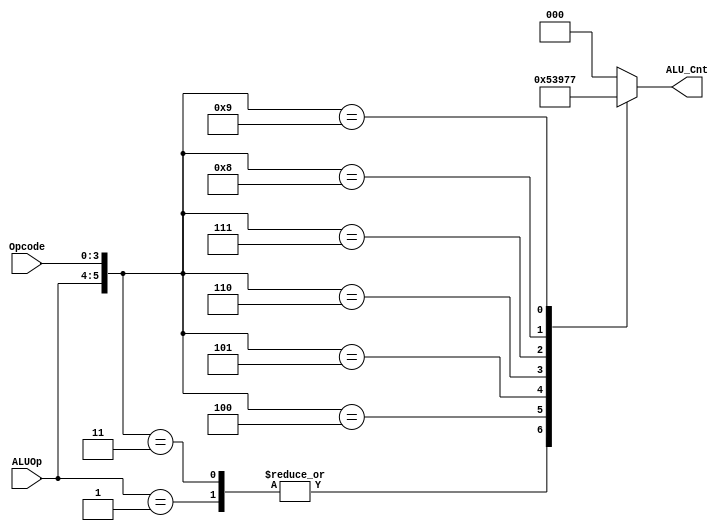
`timescale 1ns / 1ps

module ALU_Control( 
        input [1 : 0] ALUOp, 
        input [3 : 0] Opcode,
        output reg [2 : 0] ALU_Cnt
        );

    wire [5 : 0] ALUControlIn;
    assign ALUControlIn = { ALUOp, Opcode };

    always @(ALUControlIn) begin
        casex (ALUControlIn)
            6'b10xxxx: ALU_Cnt=3'b000;
            6'b01xxxx: ALU_Cnt=3'b001;
            6'b000010: ALU_Cnt=3'b000;
            6'b000011: ALU_Cnt=3'b001;
            6'b000100: ALU_Cnt=3'b010;
            6'b000101: ALU_Cnt=3'b011;
            6'b000110: ALU_Cnt=3'b100;
            6'b000111: ALU_Cnt=3'b101;
            6'b001000: ALU_Cnt=3'b110;
            6'b001001: ALU_Cnt=3'b111;
            default:   ALU_Cnt=3'b000;
        endcase
    end

endmodule